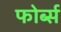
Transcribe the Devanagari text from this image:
फोर्ब्‍स